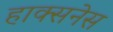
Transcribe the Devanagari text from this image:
हाक्सनेस